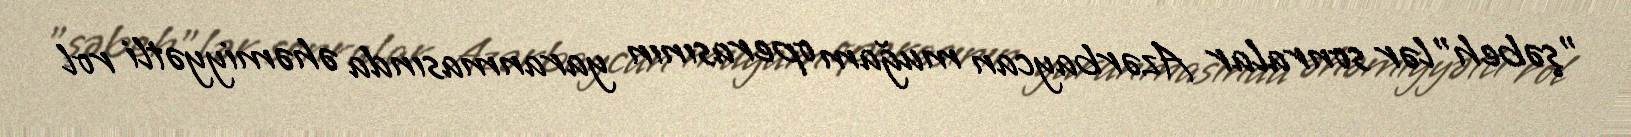
"şəbeh"lər sonralar Azərbaycan muğam operasının yaranmasında əhəmiyyətli rol